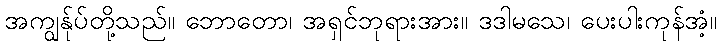
အကျွန်ုပ်တို့သည်။ ဘောတော၊ အရှင်ဘုရားအား။ ဒဒါမသေ၊ ပေးပါးကုန်အံ့။